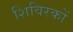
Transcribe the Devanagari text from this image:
शिविरकों